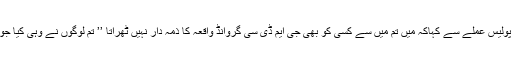
انہوں نے ڈیوٹی پر متعین پولیس عملے سے کہاکہ میں تم میں سے کسی کو بھی جی ایم ڈی سی گروانڈ واقعہ کا ذمہ دار نہیں ٹھراتا ’’ تم لوگوں نے وہی کیا جو تمھیں اوپر سے حکم ملا۔